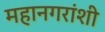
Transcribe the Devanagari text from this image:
महानगरांशी